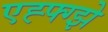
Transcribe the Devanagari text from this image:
एह्फ्ग्झे